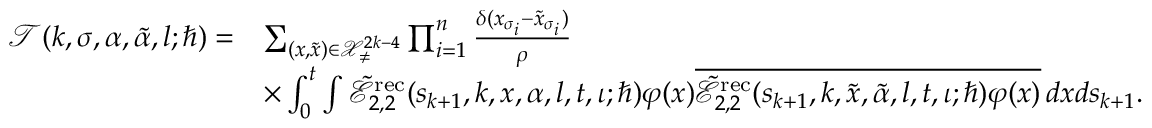
\begin{array} { r l } { \mathcal { T } ( k , \sigma , \alpha , \tilde { \alpha } , l ; \hbar ) = } & { \sum _ { ( \boldsymbol { x } , \tilde { \boldsymbol { x } } ) \in \mathcal { X } _ { \neq } ^ { 2 k - 4 } } \prod _ { i = 1 } ^ { n } \frac { \delta ( x _ { \sigma _ { i } } - \tilde { x } _ { \sigma _ { i } } ) } { \rho } } \\ & { \times \int _ { 0 } ^ { t } \int \tilde { \mathcal { E } } _ { 2 , 2 } ^ { \mathrm { r e c } } ( s _ { k + 1 } , k , \boldsymbol { x } , \alpha , l , t , \iota ; \hbar ) \varphi ( x ) \overline { { \tilde { \mathcal { E } } _ { 2 , 2 } ^ { \mathrm { r e c } } ( s _ { k + 1 } , k , \boldsymbol { \tilde { x } } , \tilde { \alpha } , l , t , \iota ; \hbar ) \varphi ( x ) } } \, d x d s _ { k + 1 } . } \end{array}